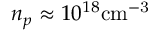
n _ { p } \approx 1 0 ^ { 1 8 } \mathrm { c m ^ { - 3 } }